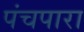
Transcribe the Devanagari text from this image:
पंचपारा